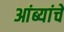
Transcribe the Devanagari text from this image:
आंब्यांचे